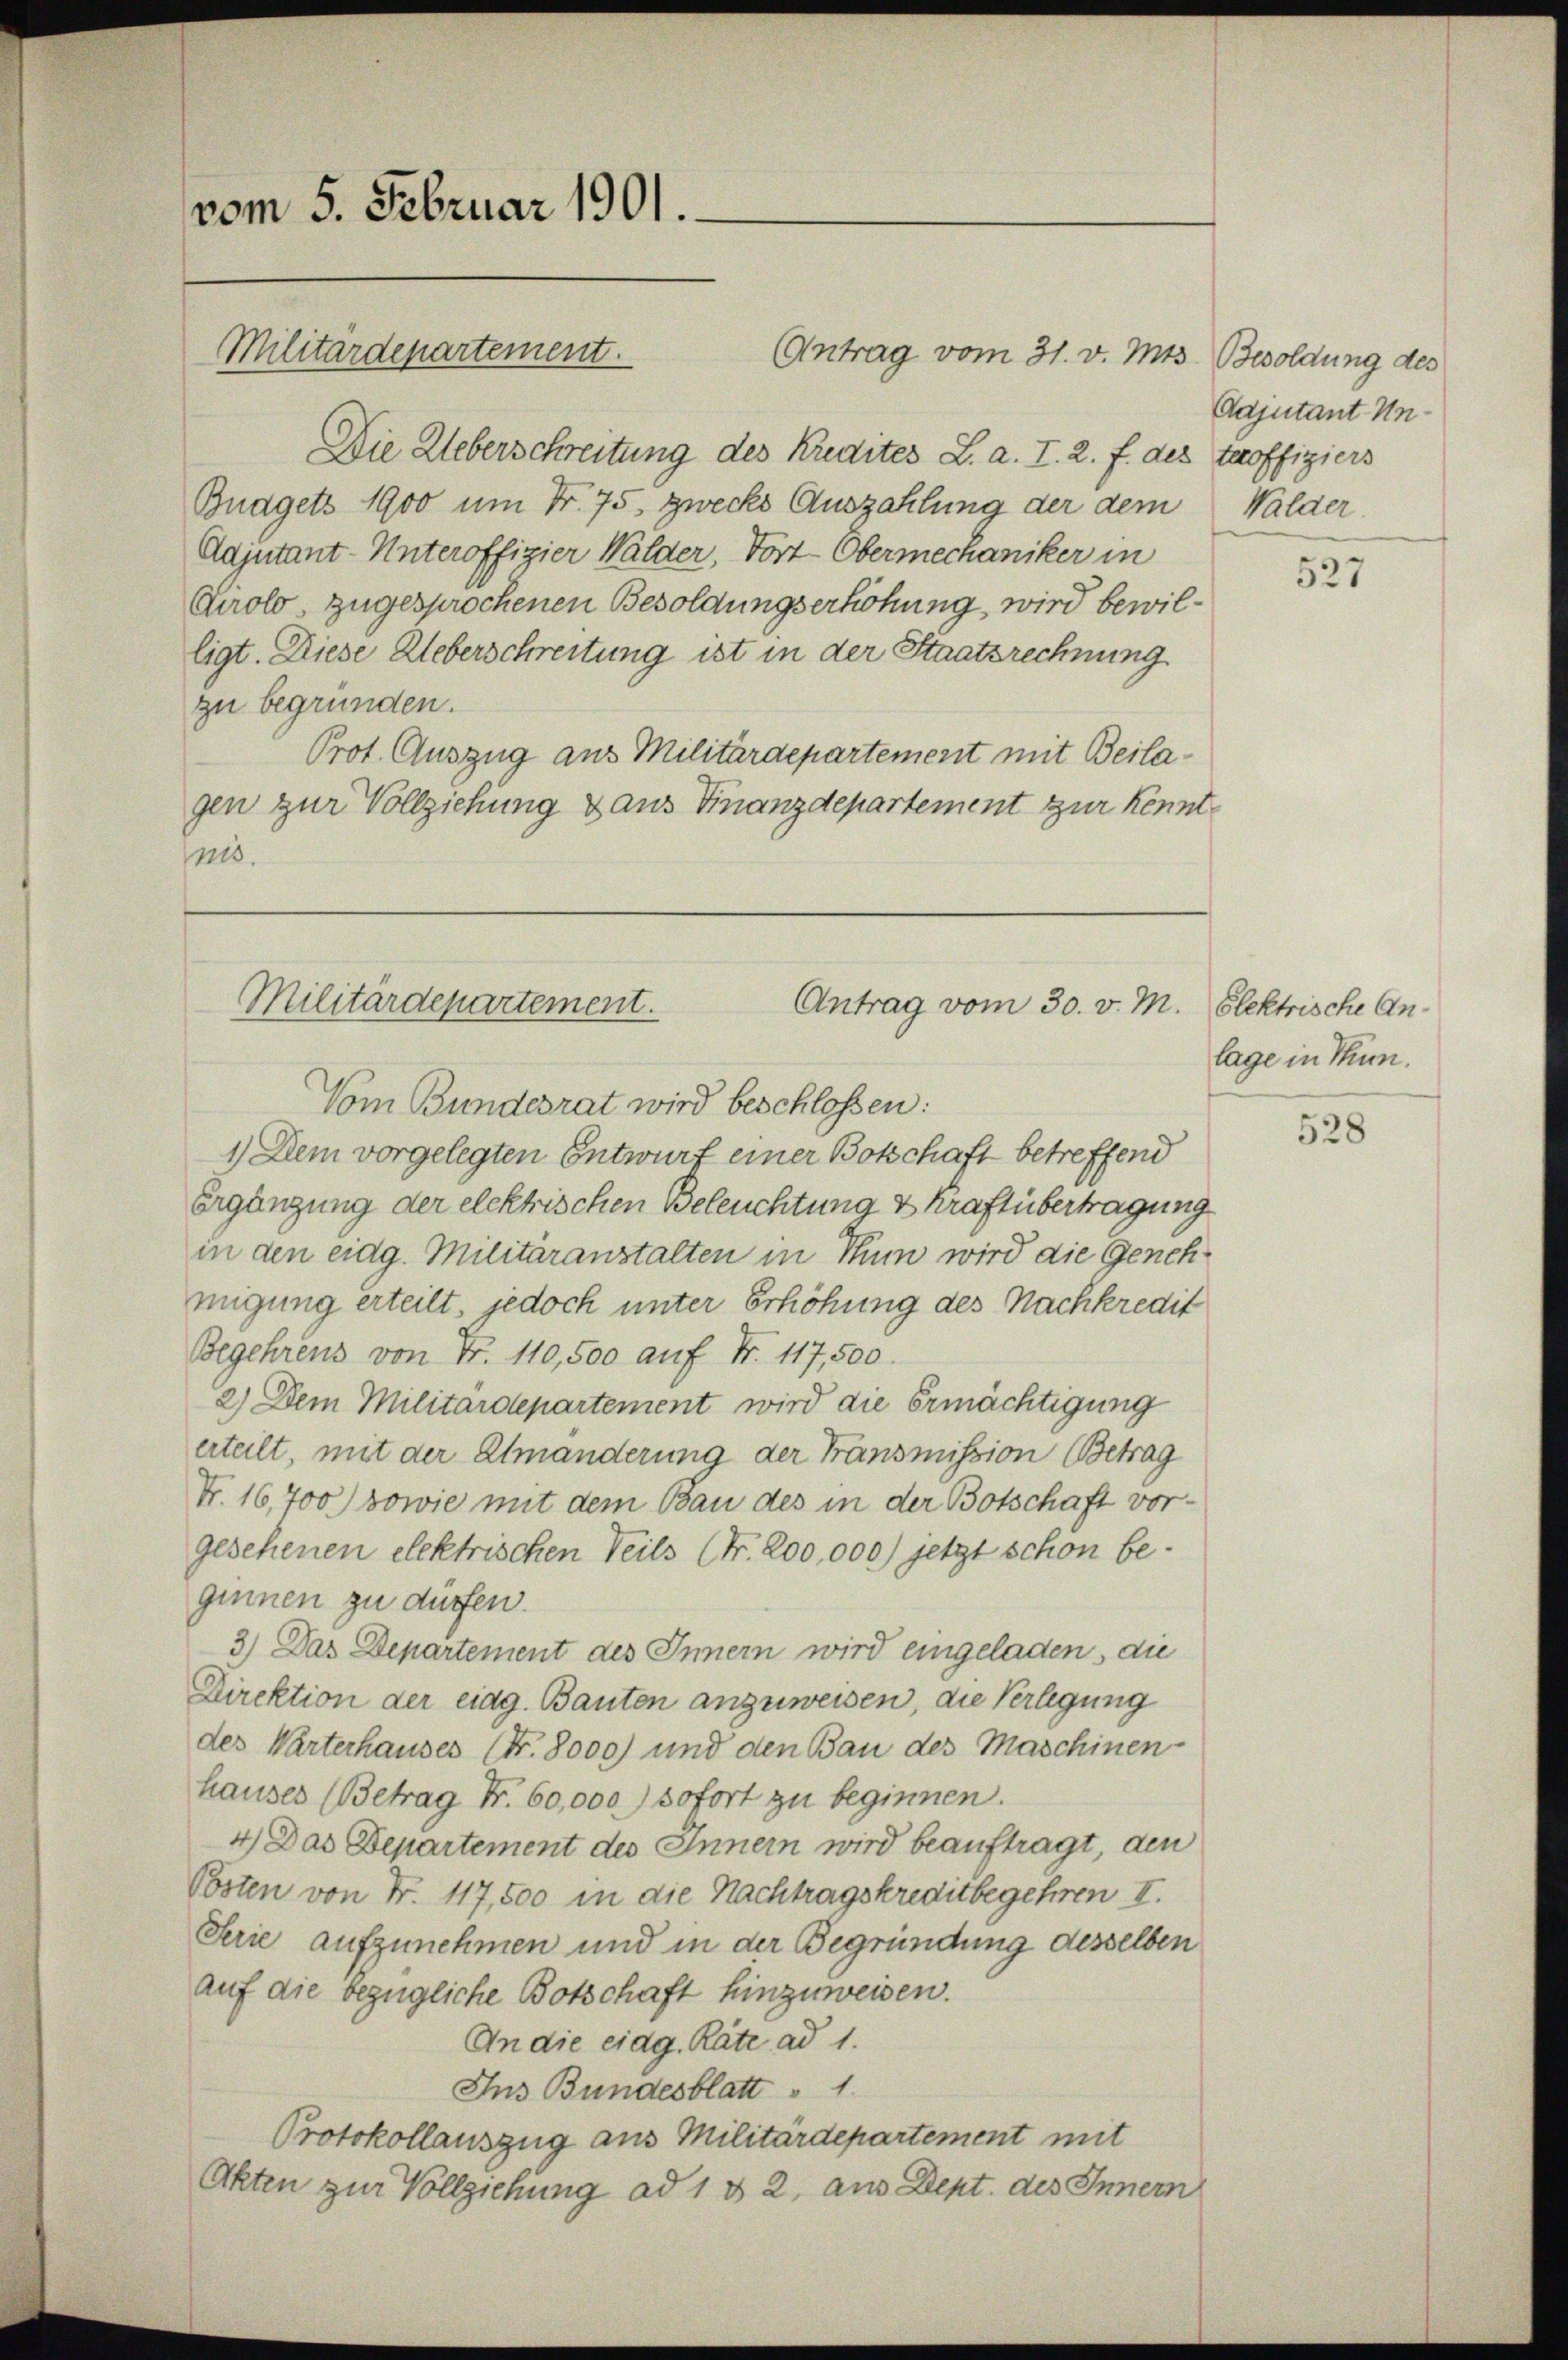
vom 5. Februar 1901.

Die Ueberschreitung des Kredites L. a. I. 2. f. des teroffiziers
Budgets 1900 um Fr. 75. zwecks Auszahlung der dem
Adjutant-Unteroffizier Walder, Vort-Obermechaniker in
Cirolo, zugesprochenen Besoldungserhöhung, wird bewilligt. Diese Ueberschreitung ist in der Staatsrechnung
zu begründen.
Prot. Auszug aus Militärdepartement mit Beilagen zur Vollziehung aus Finanzdepartement zur Kenntnis.

Militärdepartement.

Antrag vom 31. v. Mts. Besoldung des

Militärdepartement.
Antrag vom 30. v. M. Elektrische An¬
Vom Bundesrat wird beschlossen:

Adjutant Un¬
Walder.

1.) Dem vorgelegten Entwurf einer Botschaft betreffend
Ergängung der elektrischen Beleuchtung & Kraftübertragung
in den eidg. Militäranstalten in Thun wird die Genehmigung erteilt, jedoch unter Erhöhung des Nachkredit
Begehrens von Fr. 110,500 auf Nr. 117,500.
2.) Dem Militärdepartement wird die Ermächtigung
erteilt, mit der Almanderung der Fransmission Betrag
N. 16,700) sowie mit dem Bau des in der Botschaft vorgesehenen elektrischen Teils (Nr. 200,000) jetzt schon beginnen zu dürfen.
3) Das Departement des Innern wird eingeladen, die
Direktion der eidg. Bauten anzuweisen, die Verlegung
des Warterhauses (Nr. 8000) und den Bau des Maschinen
hauses (Betrag Fr. 60,000) sofort zu beginnen.
4) Das Departement des Innern wird beauftragt, den
Posten von Nr. 117,500 in die Nachtragskreditbegehren II.
Serie aufzunehmen und in der Begründung desselben
auf die bezügliche Botschaft hinzuweisen.
An die eidg. Räte ad 1.
Ins Bundesblatt 1
Protokollauszug aus Militärdepartement mit
Akten zur Vollziehung ad 1 § 2, aus Dept. des Innern

527

lage in Thun.

528